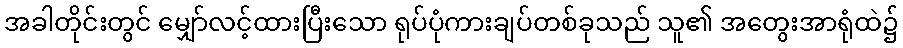
အခါတိုင်းတွင် မျှော်လင့်ထားပြီးသော ရုပ်ပုံကားချပ်တစ်ခုသည် သူ၏ အတွေးအာရုံထဲ၌